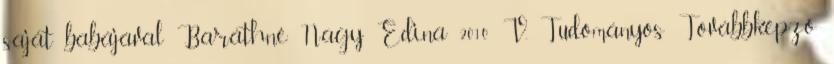
saját babájával Baráthné Nagy Edina 2010 V. Tudományos Továbbképző